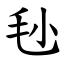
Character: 毜